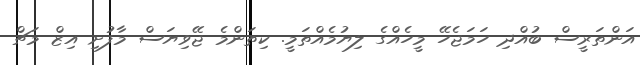
އަންތަރީސް ބުއްދި ހަމަޖެހޭ މީހެއްގެ ލިޔުމެއްތަމީ. ކިތަންމެ ޖޭވިޔަސް މާފުށި އިޒް މަޗް